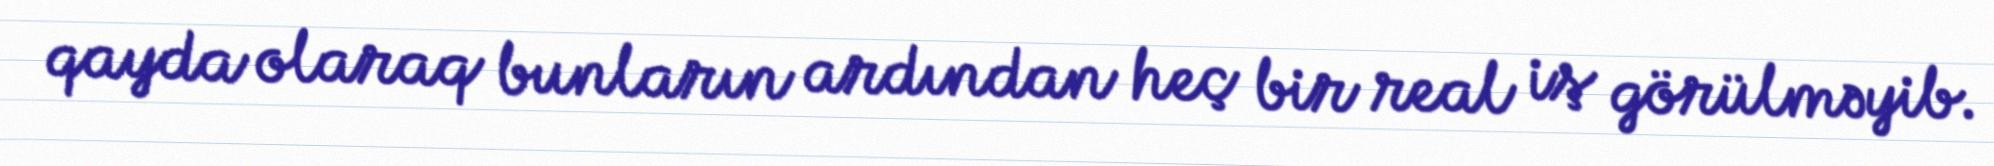
qayda olaraq bunların ardından heç bir real iş görülməyib.